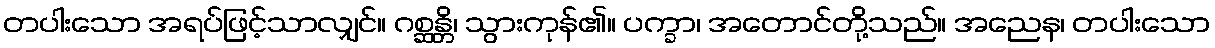
တပါးသော အရပ်ဖြင့်သာလျှင်။ ဂစ္ဆန္တိ၊ သွားကုန်၏။ ပက္ခာ၊ အတောင်တို့သည်။ အညေန၊ တပါးသော